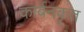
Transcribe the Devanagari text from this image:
कार्बनकृत